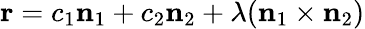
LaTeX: \mathbf{r}=c_{1}\mathbf{n}_{1}+c_{2}\mathbf{n}_{2}+\lambda(\mathbf{n}_{1}\times\mathbf{n}_{2})